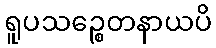
ရူပသဉ္စေတနာယပိ